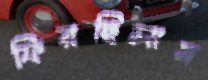
ফিরছিলাম